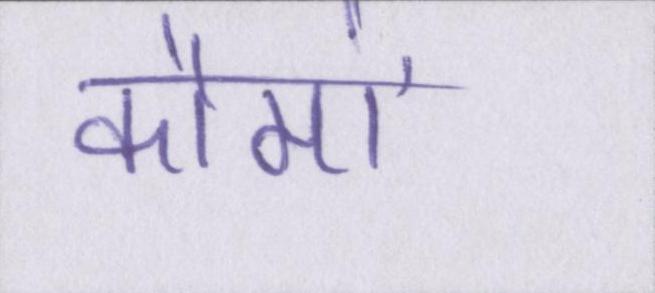
कौमों